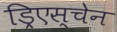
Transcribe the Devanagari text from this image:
ड्रिएस्चेन